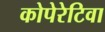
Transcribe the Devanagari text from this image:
कोपेरेटिवा